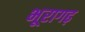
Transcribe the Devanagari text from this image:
भूरागढ़